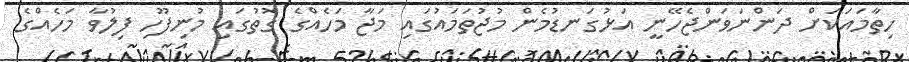
ހިތާމައަކަށް ދަންނަވަންޖެހޭނީ އަޅުގަނޑުމެން މުޖުތަމައުގައި މަޖާ މަހެއްގެ ގޮތުގައި މުނިފޫހި ފިލުވާ މަހެއްގެ